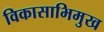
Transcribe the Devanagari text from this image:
विकासाभिमुख